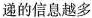
递的信息越多